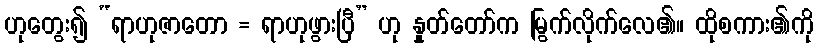
ဟုတွေး၍ “ရာဟုဇာတော = ရာဟုဖွားပြီ” ဟု နှုတ်တော်က မြွက်လိုက်လေ၏။ ထိုစကား၏ကို